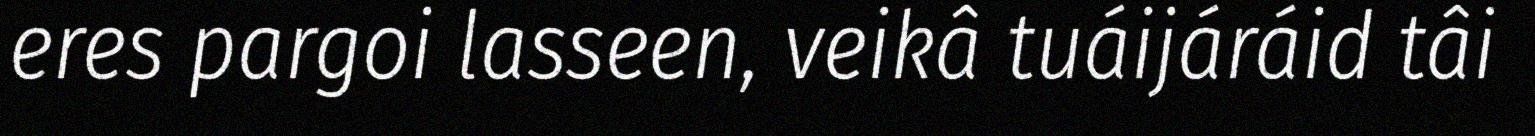
eres pargoi lasseen, veikâ tuáijáráid tâi